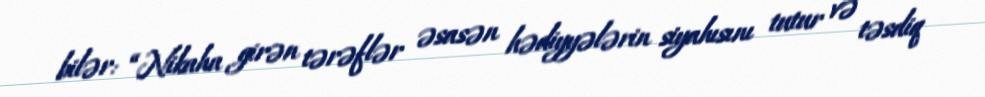
bilər: “Nikaha girən tərəflər əsasən hədiyyələrin siyahısını tutur və təsdiq